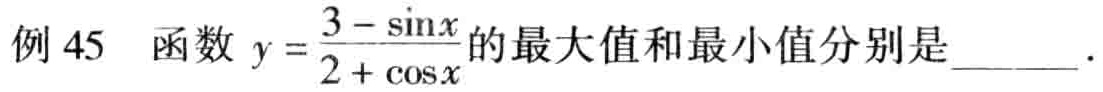
例 45  函数 \(y = \frac{3 - \sin x}{2 + \cos x}\) 的最大值和最小值分别是____.